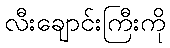
လီးချောင်းကြီးကို